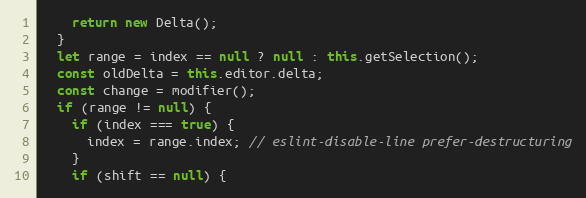
Language: JavaScript
    return new Delta();
  }
  let range = index == null ? null : this.getSelection();
  const oldDelta = this.editor.delta;
  const change = modifier();
  if (range != null) {
    if (index === true) {
      index = range.index; // eslint-disable-line prefer-destructuring
    }
    if (shift == null) {